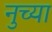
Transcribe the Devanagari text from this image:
नुच्या